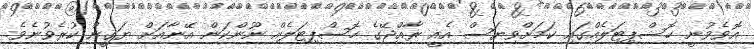
އޮވެވުނީ ހޮސްޕިޓަލެއްގައި ކަމަށްވިޔަސް އެއީ ރާއްޖޭގެ ހޮސްޕިޓަލެއް ނޫންކަން އޭނާއަށް ޔަގީން ކުރެވުނެވެ.